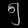
Digit: ၅